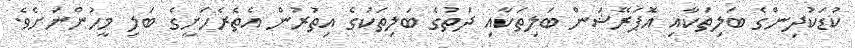
ކުޑަކުދިންގެ ބަލިތަކާއި އޮަޕަރޭޝަން ބަލިތަކާއި ދަތުގެ ބަލިތަކުގެ އިތުރުން އެތެރެހަށީގެ ބަލި މީހުންނަށެވެ.